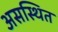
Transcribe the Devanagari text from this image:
असस्थित